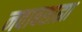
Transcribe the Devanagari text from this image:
नवाबशाह्या